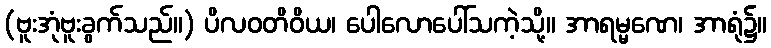
(ဗူးအုံဗူးခွက်သည်။) ပိလဝတိဝိယ၊ ပေါလောပေါ်သကဲ့သို့။ အာရမ္မဏေ၊ အာရုံ၌။